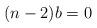
LaTeX: \begin{align*}(n-2)b = 0\end{align*}